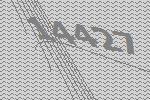
14427